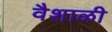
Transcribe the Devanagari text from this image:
वैशाळी